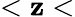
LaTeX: <\mathbf{z}<